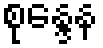
စုန္ဒေန